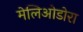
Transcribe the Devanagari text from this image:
मेलिओडोरा